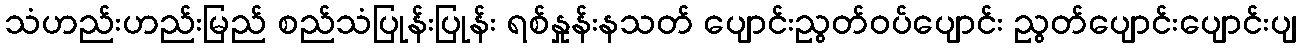
သံဟည်းဟည်းမြည် စည်သံပြုန်းပြုန်း ရစ်နှုန်းနသတ် ပျောင်းညွတ်ဝပ်ပျောင်း ညွတ်ပျောင်းပျောင်းပျ